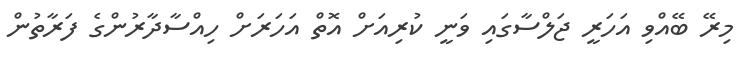
މިރޭ ބޭއްވި އަަހަރީ ޖަލްސާގައި ވަނީ ކުރިއަށް އޮތް އަހަރަށް ހިއްސާދާރުންގެ ފަރާތުން